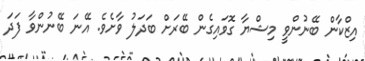
އިޒްކާން ބޭނުންވީ މިޝްޔާ ގޮވައިގެން ބޭރަށް ބަދަލު ވާށެވެ. އޭނަ ބޭނުންވާ ފަދަ